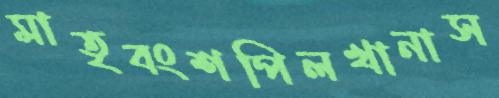
মাতৃবংশপিলখানাস